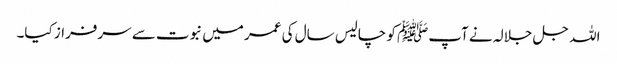
اللہ جل جلالہ نے آپﷺ کو چالیس سال کی عمر میں نبوت سے سرفراز کیا۔